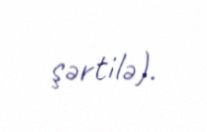
şərtilə).